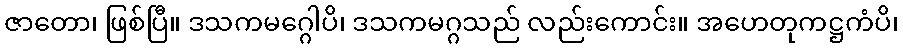
ဇာတော၊ ဖြစ်ပြီ။ ဒသကမဂ္ဂေါပိ၊ ဒသကမဂ္ဂသည် လည်းကောင်း။ အဟေတုကဋ္ဌကံပိ၊